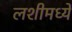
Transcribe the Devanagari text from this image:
लशीमध्ये